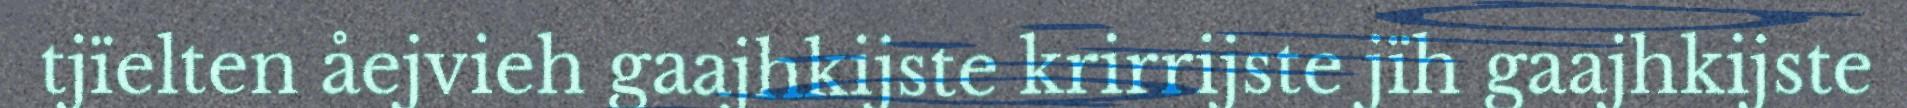
tjïelten åejvieh gaajhkijste krirrijste jïh gaajhkijste